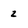
Character: 2